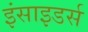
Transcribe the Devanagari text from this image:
इंसाइडर्स